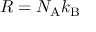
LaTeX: R = N _ { \mathrm { A } } k _ { \mathrm { B } }